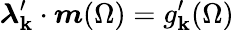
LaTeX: \boldsymbol{\lambda}_{\mathbf{k}}^{\prime}\cdot\boldsymbol{m}(\Omega)=g_{\mathbf{k}}^{\prime}(\Omega)